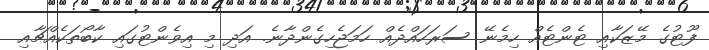
ފޫޓުގެ މޭޒަކާއި ޓެންޓެއް ހިމެނޭ ސަރަހައްދެއް ހަމަޖެހިގެންދާނެ. އަދި މި އިވެންޓުގައި ކާބޯތަކެއްޗާއި